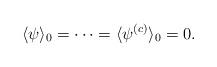
LaTeX: \begin{align*}\langle \psi\rangle_0=\dots=\langle \psi^{(c)}\rangle_0=0.\end{align*}